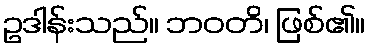
ဥဒါန်းသည်။ ဘဝတိ၊ ဖြစ်၏။